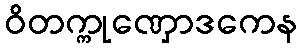
ဝိတက္ကုဏှောဒကေန